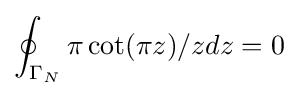
\oint _{\Gamma _{N}}\pi \cot(\pi z)/zdz=0